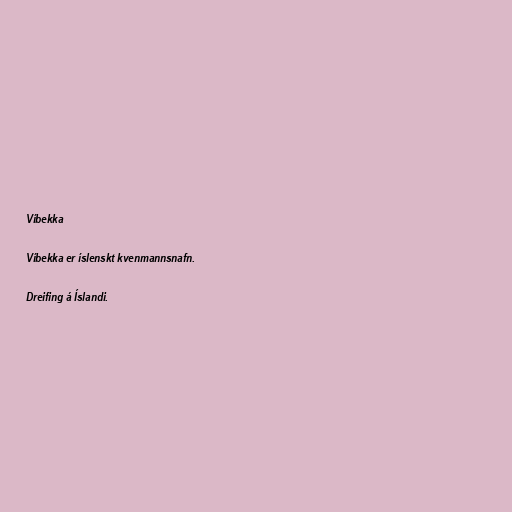
Víbekka

Víbekka er íslenskt kvenmannsnafn.

Dreifing á Íslandi.